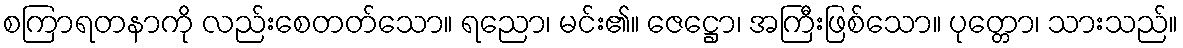
စကြာရတနာကို လည်းစေတတ်သော။ ရညော၊ မင်း၏။ ဇေဋ္ဌော၊ အကြီးဖြစ်သော။ ပုတ္တော၊ သားသည်။